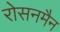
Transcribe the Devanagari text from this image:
रोसनमैन